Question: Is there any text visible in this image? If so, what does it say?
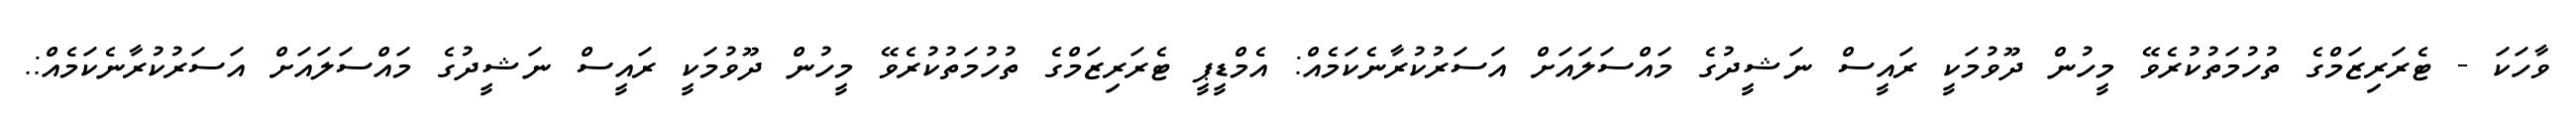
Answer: ވާހަކަ - ޓެރަރިޒަމްގެ ތުހުމަތުކުރެވޭ މީހުން ދޫވުމަކީ ރައީސް ނަޝީދުގެ މައްސަލައަށް އަސަރުކުރާނެކަމެއް: އެމްޑީޕީ ޓެރަރިޒަމްގެ ތުހުމަތުކުރެވޭ މީހުން ދޫވުމަކީ ރައީސް ނަޝީދުގެ މައްސަލައަށް އަސަރުކުރާނެކަމެއް:.